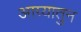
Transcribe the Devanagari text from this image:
आग्र्यातुन